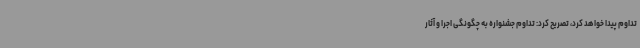
تداوم پیدا خواهد کرد، تصریح کرد: تداوم جشنواره به چگونگی اجرا و آثار